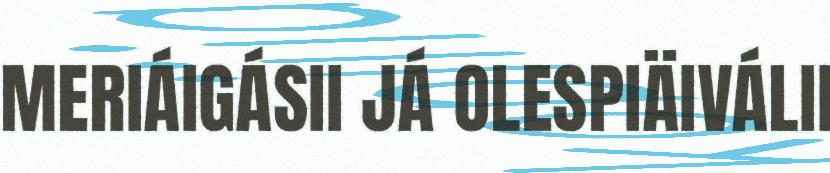
MERIÁIGÁSII JÁ OLESPIÄIVÁLII